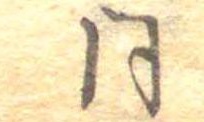
同